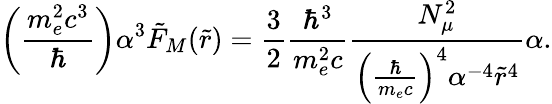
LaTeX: \left(\frac{m_{e}^{2}c^{3}}{\hbar}\right)\alpha^{3}\tilde{F}_{M}(\tilde{r})=\frac{3}{2}\frac{\hbar^{3}}{m_{e}^{2}c}\frac{N_{\mu}^{2}}{\left(\frac{\hbar}{m_{e}c}\right)^{4}\alpha^{-4}\tilde{r}^{4}}\alpha.